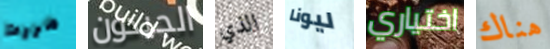
مررت الجيدون الذي ليونا اختياري هناك